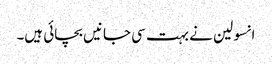
انسولین نے بہت سی جانیں‌ بچائی ہیں۔